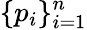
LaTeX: \{ p_{i}\} _{i=1}^{n}